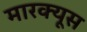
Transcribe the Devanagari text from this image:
मारक्यूस